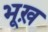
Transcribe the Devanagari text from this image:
भूख़